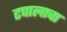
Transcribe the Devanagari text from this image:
टपालाचा